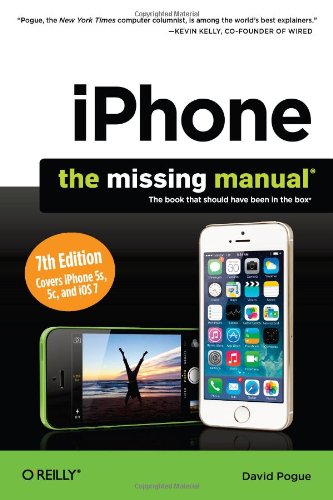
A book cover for iPhone: The Missing Manual; David Pogue; Engineering & Transportation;